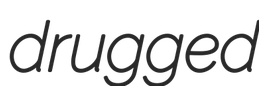
drugged